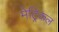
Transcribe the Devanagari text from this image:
मेट्रिकल